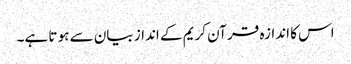
اس کا اندازہ قر آن کریم کے انداز بیان سے ہو تا ہے۔